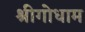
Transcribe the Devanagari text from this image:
श्रीगोधाम